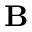
\textbf { B }